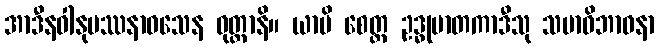
အာဒီနဝါနုပဿနာဝသေန ဝုတ္တာနိ။ ယာပိ စေတ္ထ ဥဒ္ဓုမာတကာဒီသု သမာဓိဘာဝနာ